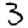
Digit: 3